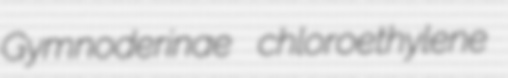
Gymnoderinae chloroethylene